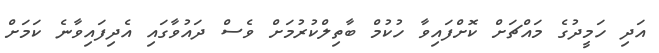
އަދި ހަމީދުގެ މައްޗަށް ކޮށްފައިވާ ހުކުމް ބާތިލްކުރުމަށް ވެސް ދައުވާގައި އެދިފައިވާނެ ކަމަށް